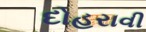
દોહરાવી